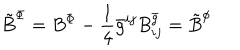
LaTeX: { \tilde { B } } ^ { \Phi } = { B } ^ { \Phi } - \frac { 1 } { 4 } { \bar { g } } ^ { i j } B _ { i j } ^ { \bar { g } } = { \tilde { B } } ^ { \phi }